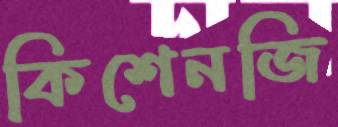
কিশেনজি